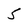
Character: 5